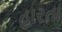
હારતા